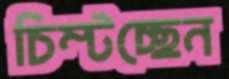
চিম্‌টচ্ছেন